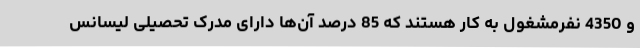
و 4350 نفرمشغول به کار هستند که 85 درصد آن‌ها دارای مدرک تحصیلی لیسانس